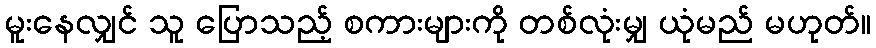
မူးနေလျှင် သူ ပြောသည့် စကားများကို တစ်လုံးမျှ ယုံမည် မဟုတ်။